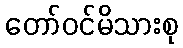
တော်ဝင်မိသားစု